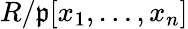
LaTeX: R/{\mathfrak{p}}[x_{1},\dots,x_{n}]